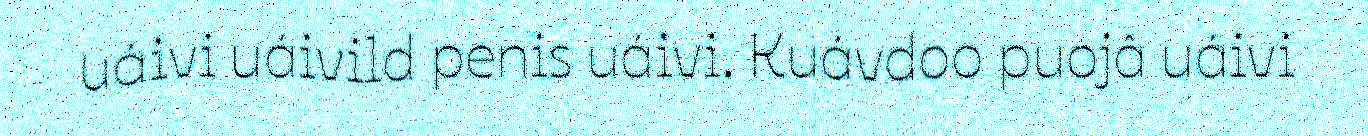
uáivi uáivild penis uáivi. Kuávdoo puojâ uáivi